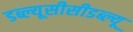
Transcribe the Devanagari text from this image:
डब्ल्यूसीसीडब्ल्यू